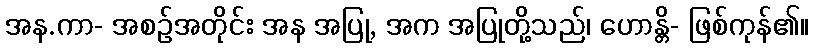
အန.ကာ- အစဉ်အတိုင်း အန အပြု, အက အပြုတို့သည်၊ ဟောန္တိ- ဖြစ်ကုန်၏။